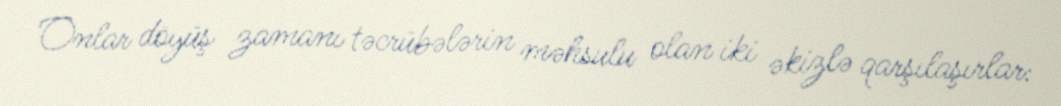
Onlar döyüş zamanı təcrübələrin məhsulu olan iki əkizlə qarşılaşırlar: